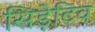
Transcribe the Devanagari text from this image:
सिड़ेटिव